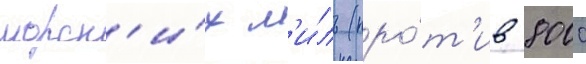
морск'и́х м'и́ль (про́т'ив 8000